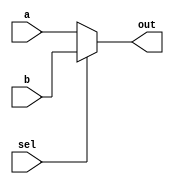
module TwoTwoBitInputMUX (a, b, sel, out);

  input[1:0] a, b;
  input sel;
  output[1:0] out;

  assign out = sel ? b : a;

endmodule // TwoEightBitInputMUX